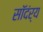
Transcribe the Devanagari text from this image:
सॉदंर्य